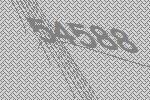
54588